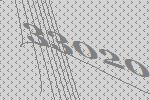
33020